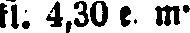
fi. 4,30 e. m